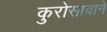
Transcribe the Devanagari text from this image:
कुरोसावाने